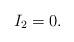
LaTeX: \begin{align*}I_2=0.\end{align*}